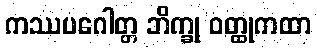
ကဿပဂေါတ္တ ဘိက္ခု ဝတ္ထုကထာ